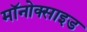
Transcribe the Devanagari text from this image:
मॉनोक्साइड